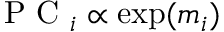
{ \mathrm { ~ P ~ C ~ } _ { i } \propto \exp ( m _ { i } ) }